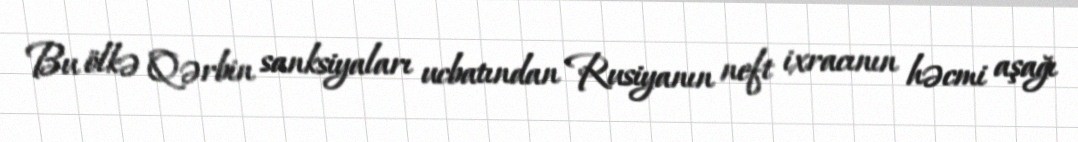
Bu ölkə Qərbin sanksiyaları ucbatından Rusiyanın neft ixracının həcmi aşağı